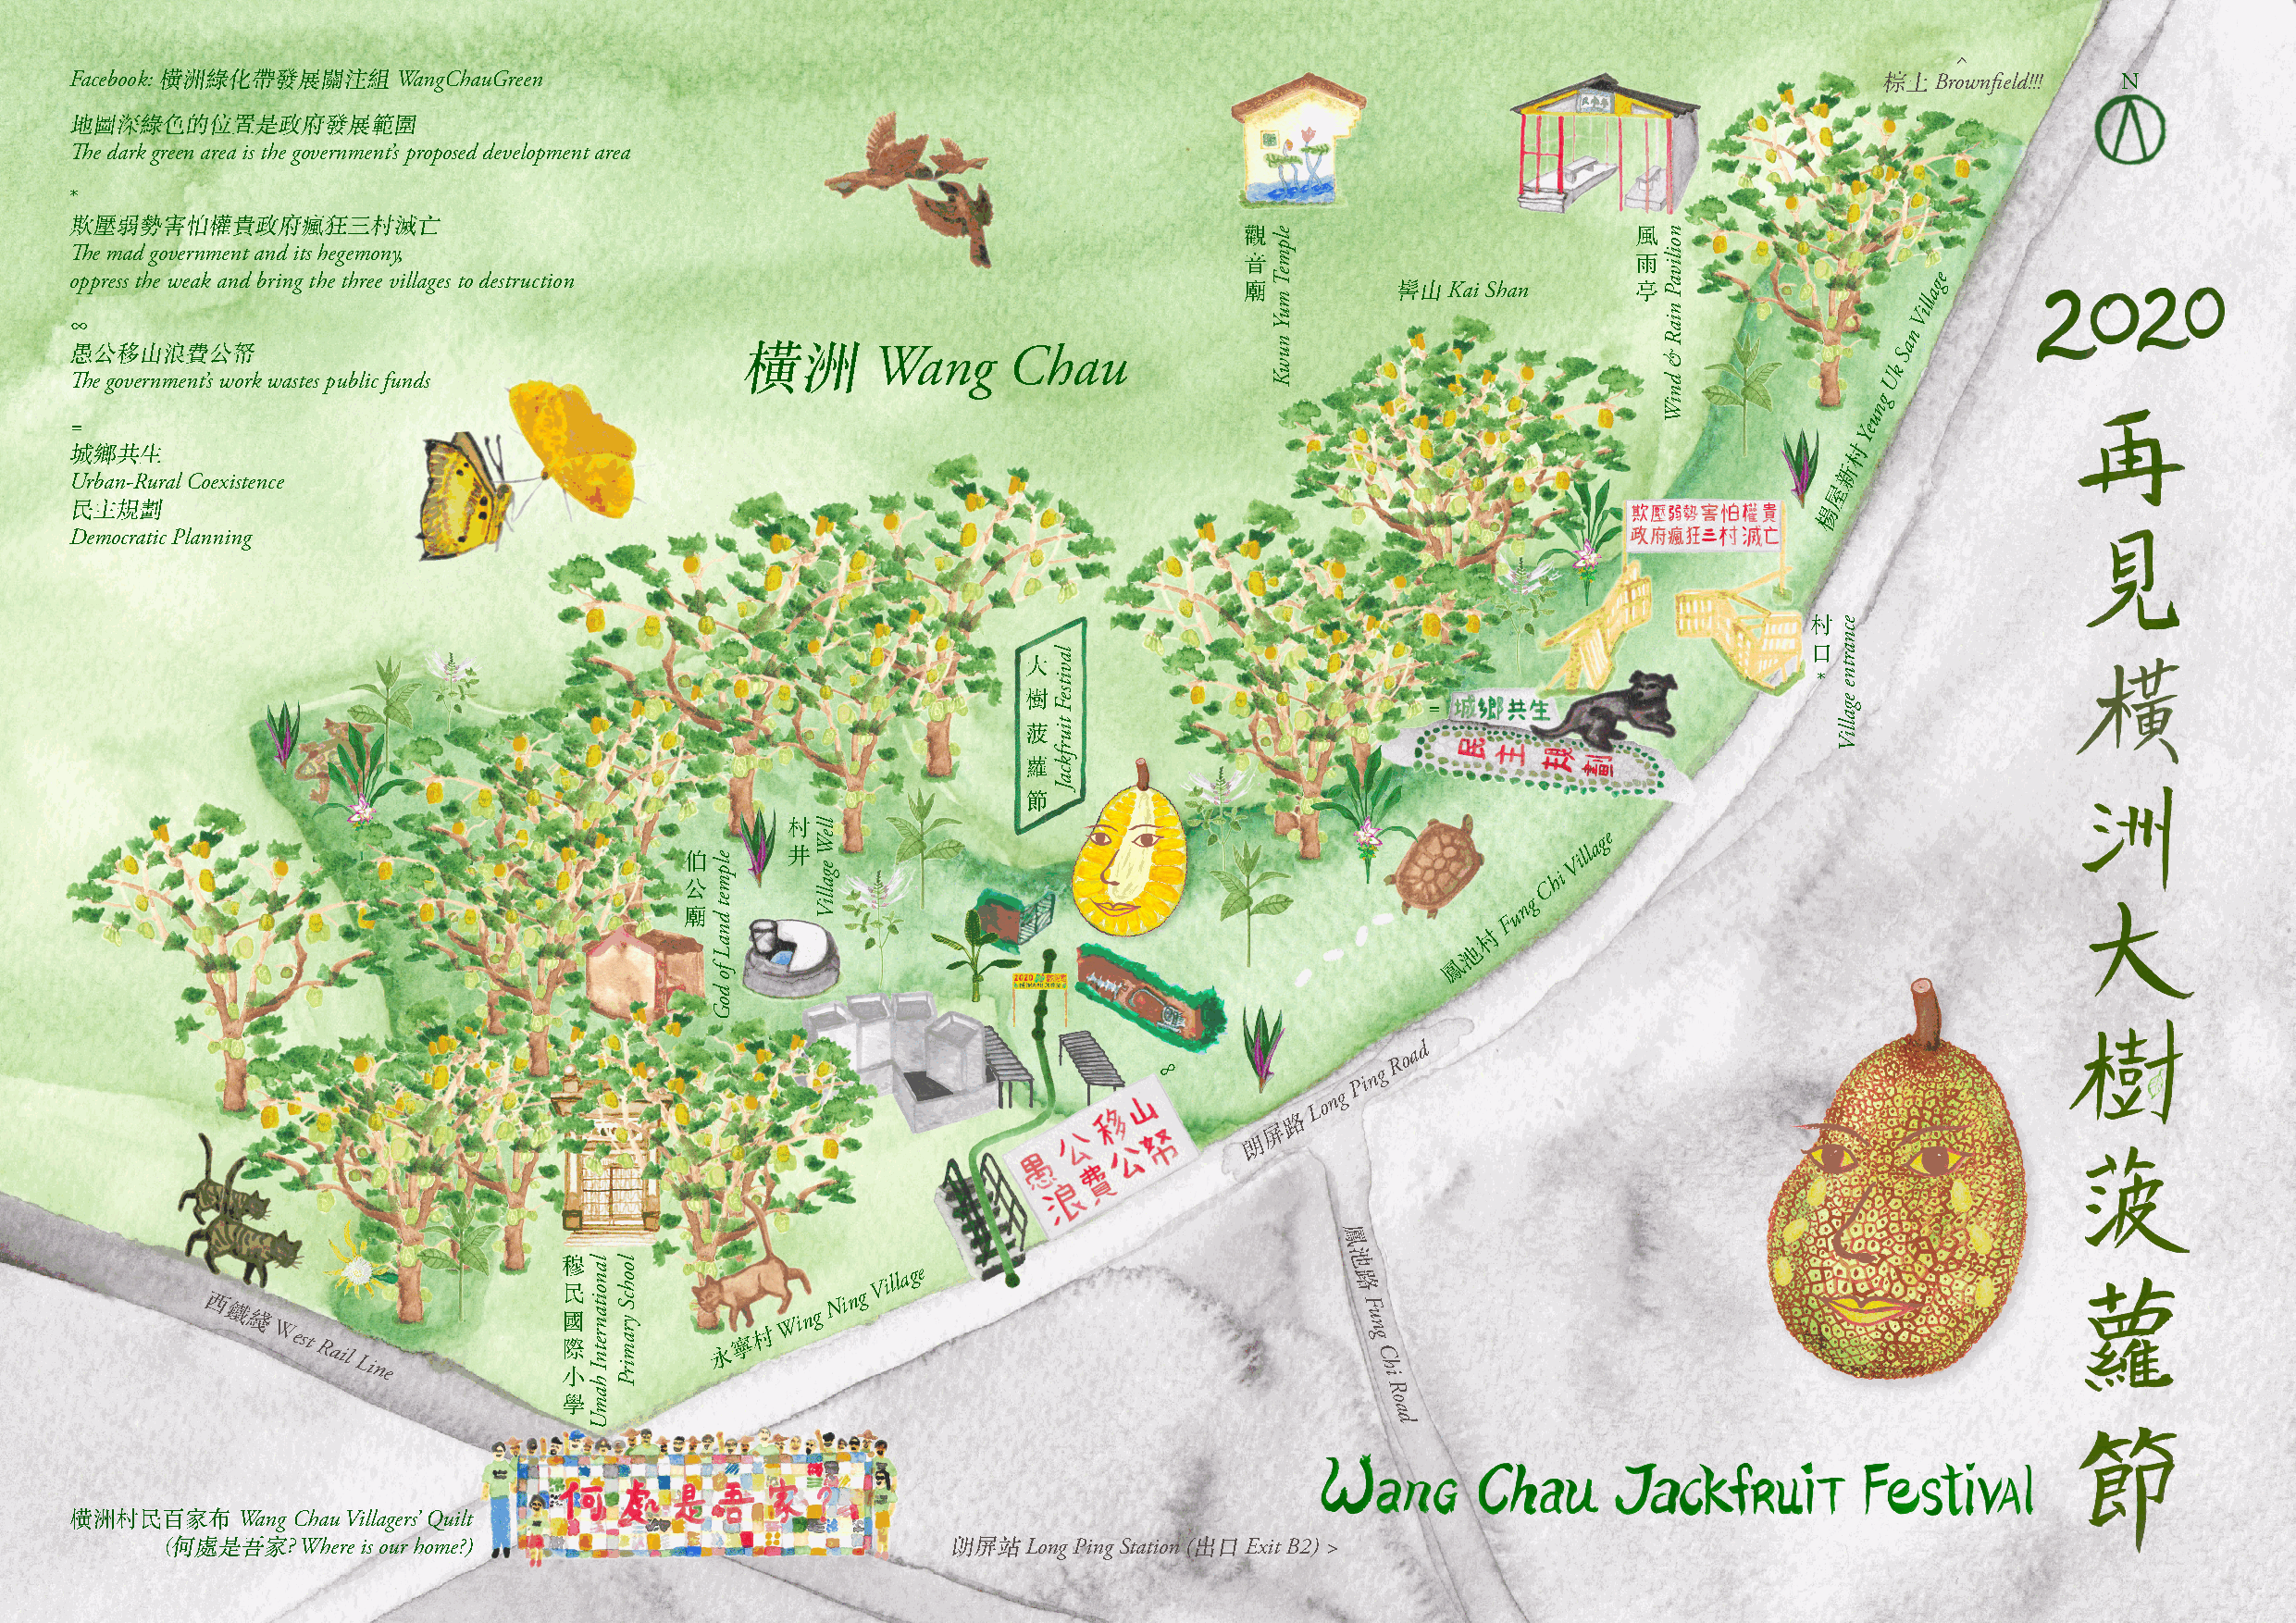
Facebook:              WangChauGreen                                                                                                 Bro^wnfield!!! N
 橫洲綠化帶發展關注組                                                                                                                 棕土
 地圖深綠色的位置是政府發展範圍
 The dark green area is the government’s proposed development area
 *
 欺壓弱勢害怕權貴政府瘋狂三村滅亡
 觀                           風
 The mad government and its hegemony,
 oppress the weak and bring the three villages to destruction                        音
 Kai Shan
 雨                    age
 廟          髻山               亭                   Vill
 ∞
 n
 a
 Wang      Chau                                                            S 愚公移山浪費公帑
 k
 The government’s work wastes public funds       橫洲                                                                                U
 g
 n
 u
 =                                                                                                                               Ye
 村
 城鄉共生
 新
 Urban-Rural Coexistence
 屋
 民主規劃                                                                                                                          楊
 Democratic Planning
 村
 口
 大                                                        *
 樹                            =
 菠
 蘿
 節
 村                                                         ge
 a
 伯      井
 hi
 Vill
 C
 公                                                           g
 n
 u 廟 F
 村
 池
 鳳
 ∞
 n g
 R
 oa d
 Pi
 n g
 L o
 路
 屏
 朗
 鳳
 池
 西 鐵 綫 West Rail
 Line
 穆
 民
 國 際
 小
 永寧村  Wi n g
 Ni n g
 Villa g e                        路
 F
 u n g C
 h
 i R
 o
 學                                                          a
 d
 Wang Chau Villagers’ Quilt
 橫洲村民百家布
 Where is our home?)                                 Long Ping Station ( Exit B2) >
 (何處是吾家?                                                 朗屏站              出口
 lanoitanretnI
 hamU
 loohcS
 yramirP
 elpmet
 dnaL
 fo
 doG
 lleW
 egalliV
 lavitseF
 tiurfkcaJ
 elpmeT
 muY
 nuwK
 noilivaP
 niaR
 &
 dniW
 ecnartne
 egalliV